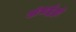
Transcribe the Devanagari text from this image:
अंतर्द्वद्वों